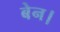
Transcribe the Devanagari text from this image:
बेन।